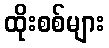
ထိုးစစ်များ